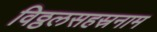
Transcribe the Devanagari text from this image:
विठ्ठलसहस्रनाम